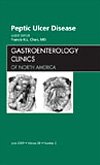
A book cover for Peptic Ulcer Disease, An Issue of Gastroenterology Clinics, 1e (The Clinics: Internal Medicine); Francis K.L. Chan MD; Health, Fitness & Dieting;